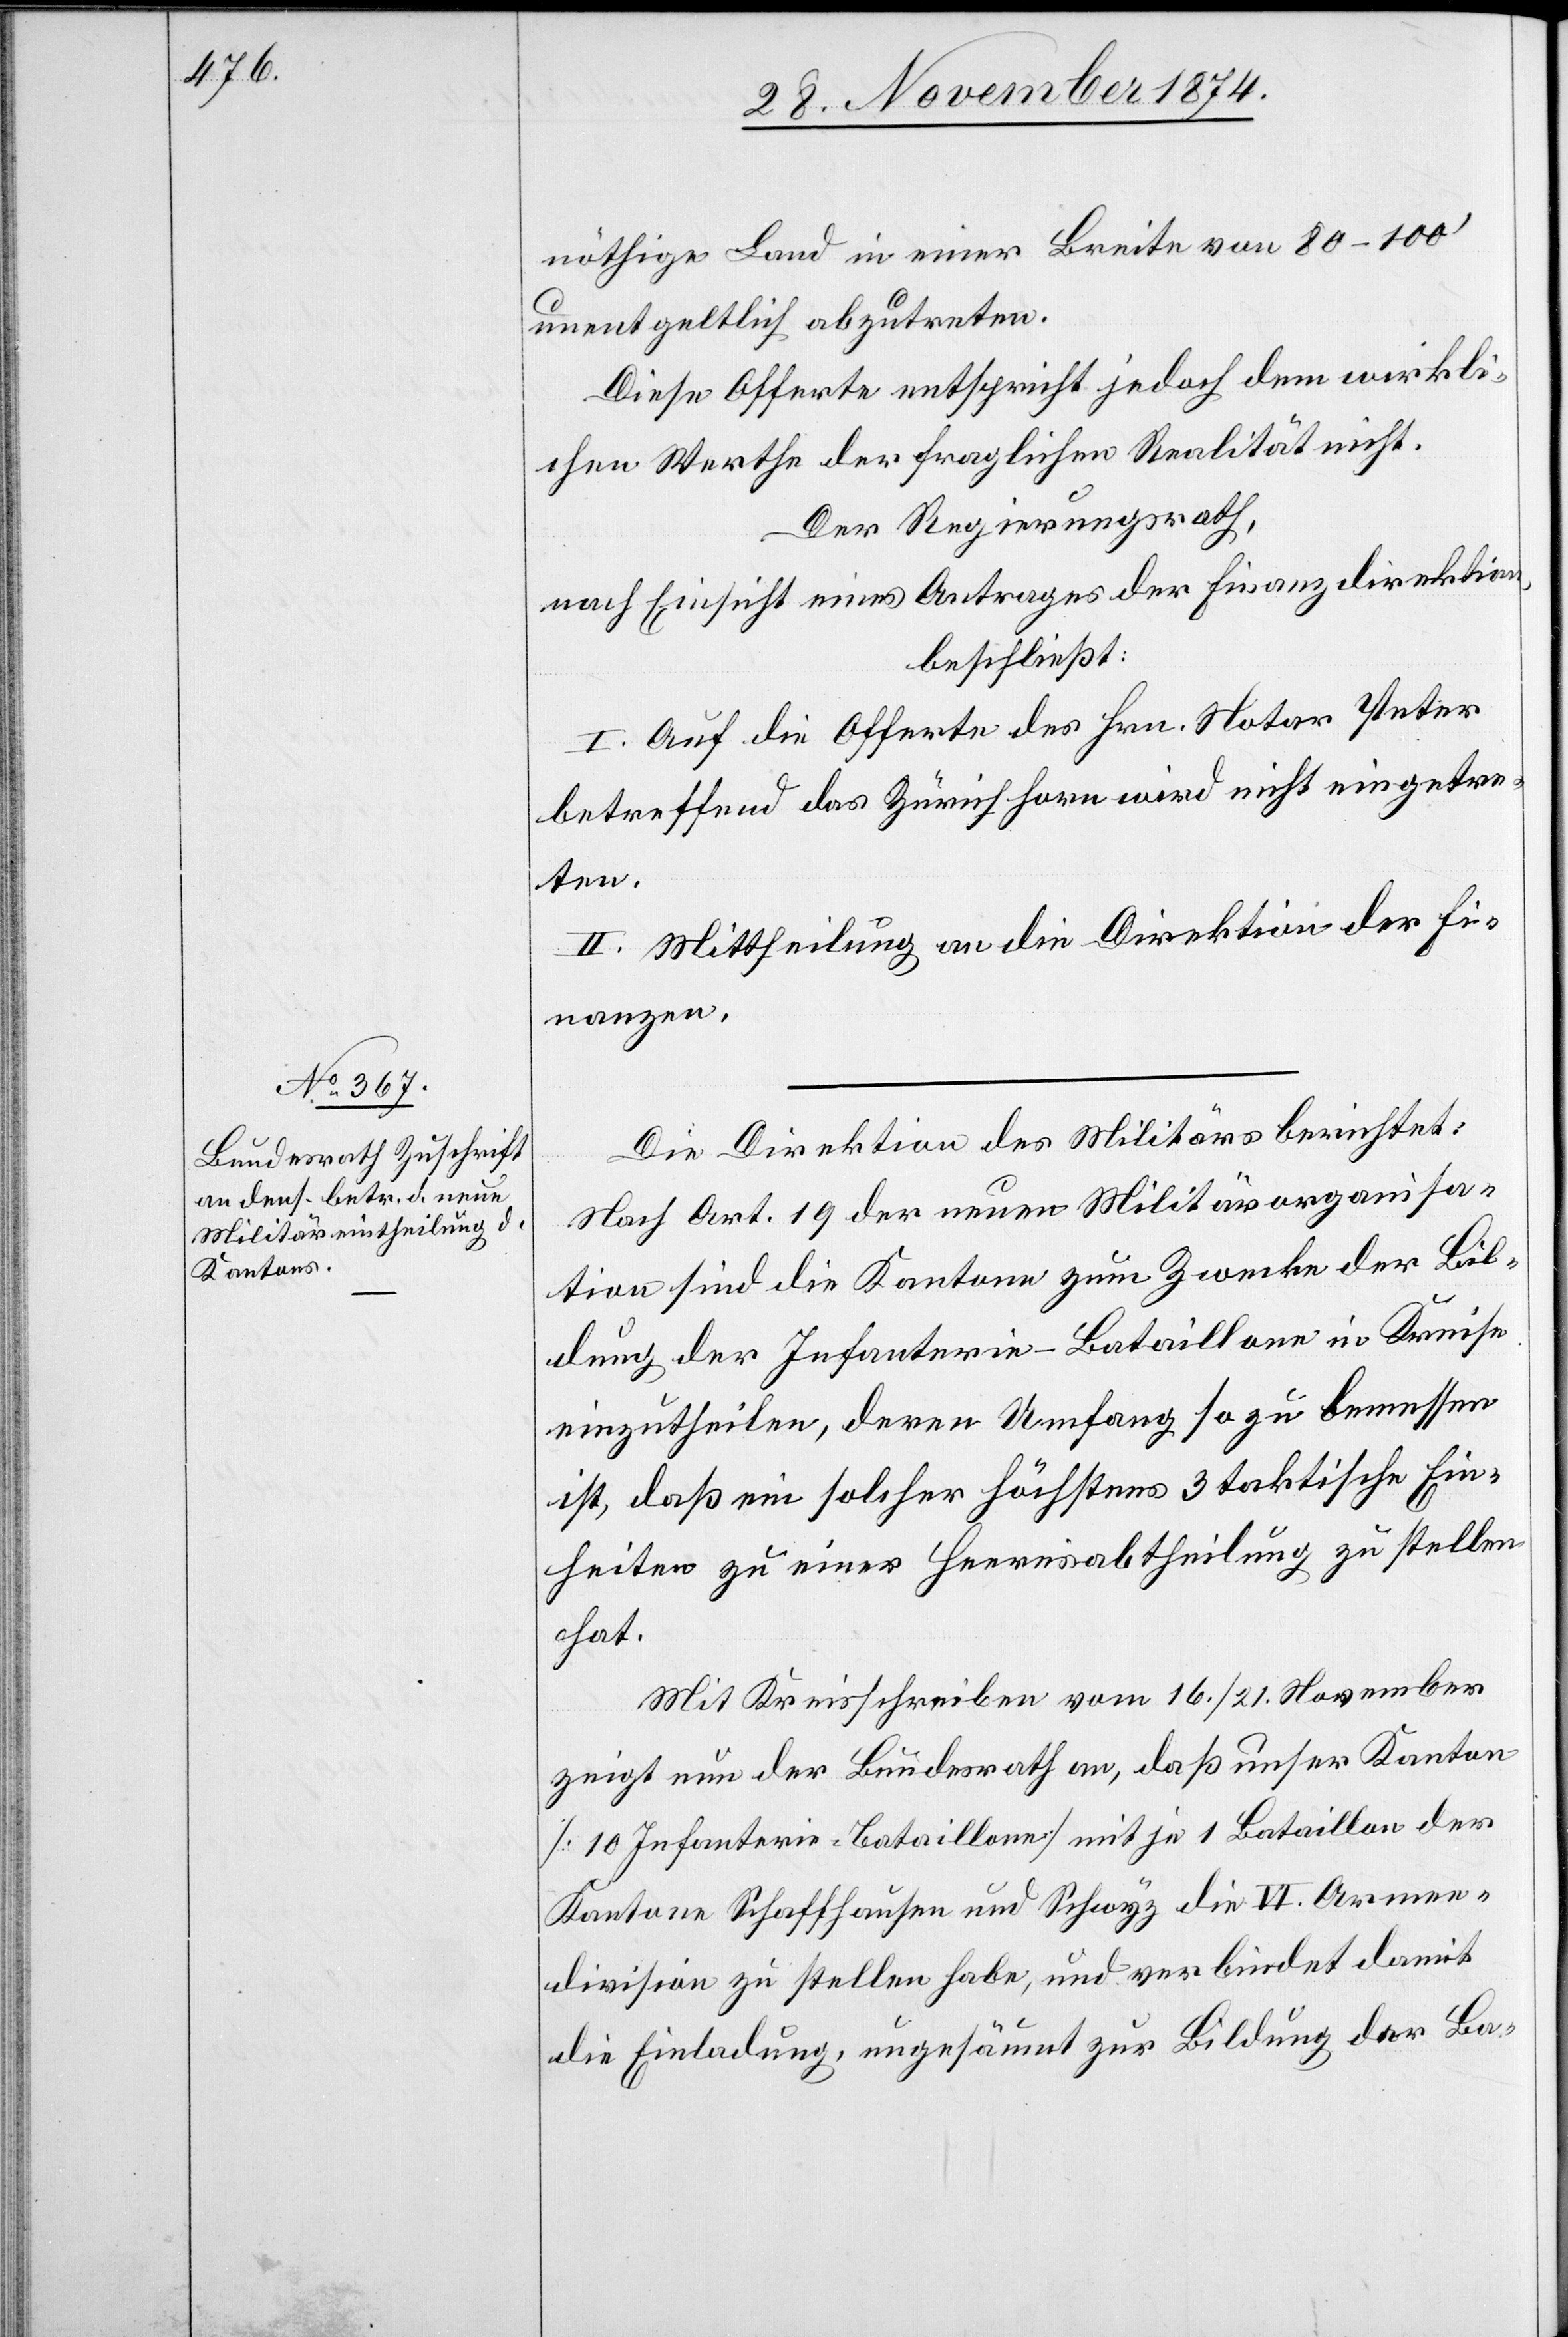
nöthige Land in einer Breite von 80–100‘
unentgeltlich abzutreten.
Diese Offerte entspricht jedoch dem wirkli¬
chen Werthe der fraglichen Realität nicht.
Der Regierungsrath,
nach Einsicht eines Antrages der Finanzdirektion,
beschließt:
I. Auf die Offerte des Hrn. Notar Peter
betreffend das Zürichhorn wird nicht eingetre¬
ten.
II. Mittheilung an die Direktion der Fi¬
nanzen.
Die Direktion des Militärs berichtet:
Nach Art. 19 der neuen Militärorganisa¬
tion sind die Kantone zum Zwecke der Bil¬
dung der Infanterie-Bataillone in Kreise
einzutheilen, deren Umfang so zu bemessen
ist, daß ein solcher höchstens 3 taktische Ein¬
heiten zu einer Heeresabtheilung zu stellen
hat.
Mit Kreisschreiben vom 16./21. November
zeigt nun der Bundesrath, an ,daß unser Kanton
[10 Infanterie-Bataillone] mit je 1 Bataillon der
Kantone Schaffhausen und Schwyz die VI. Armee¬
division zu stellen habe, und verbindet damit
die Einladung, ungesäumt zur Bildung der Ba-